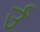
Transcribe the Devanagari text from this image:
र्उ